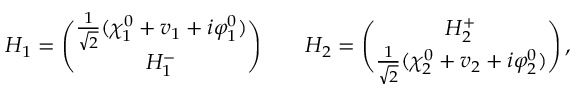
H _ { 1 } = { \binom { \textstyle { \frac { 1 } { \sqrt { 2 } } } ( \chi _ { 1 } ^ { 0 } + v _ { 1 } + i \varphi _ { 1 } ^ { 0 } ) } { H _ { 1 } ^ { - } } } \qquad H _ { 2 } = { \binom { H _ { 2 } ^ { + } } { \textstyle { \frac { 1 } { \sqrt { 2 } } } ( \chi _ { 2 } ^ { 0 } + v _ { 2 } + i \varphi _ { 2 } ^ { 0 } ) } } \, ,